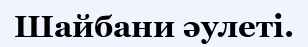
Шайбани әулеті.